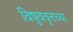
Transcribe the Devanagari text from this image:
विषुववृत्तच्या